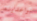
تواعدينه